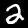
Digit: 2